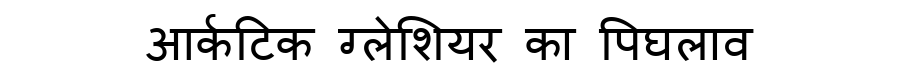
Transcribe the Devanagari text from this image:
आर्कटिक ग्लेशियर का पिघलाव